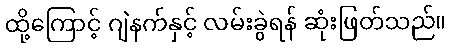
ထို့ကြောင့် ဂျဲနက်နှင့် လမ်းခွဲရန် ဆုံးဖြတ်သည်။